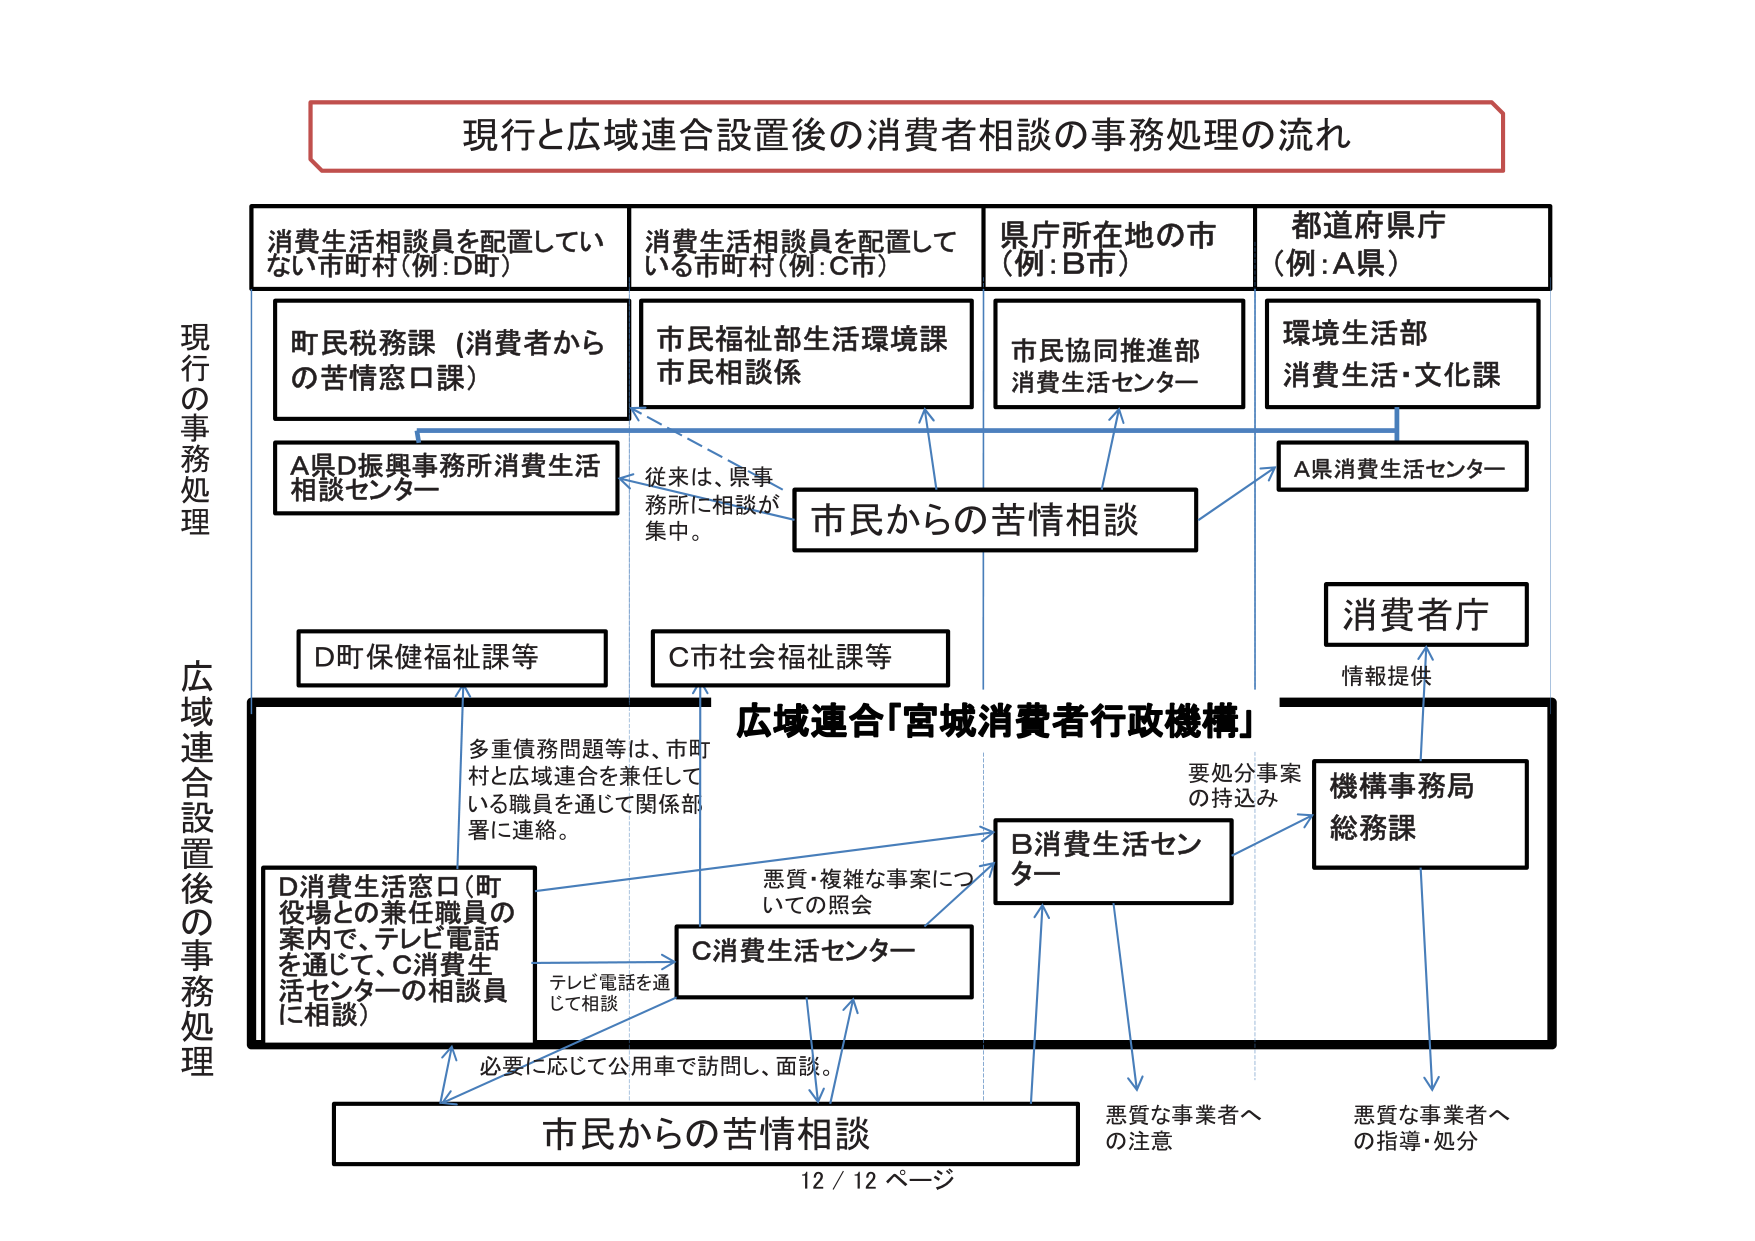
現行と広域連合設置後の消費者相談の事務処理の流れ

消費生活相談員を配置していない市町村（例：D町）
町民税務課（消費者からの苦情窓口課）
A県D振興事務所消費生活相談センター
D町保健福祉課等

消費生活相談員を配置している市町村（例：C市）
市民福祉部生活環境課
市民相談係
C市社会福祉課等

県庁所在地の市（例：B市）
市民協同推進部
消費生活センター

都道府県庁（例：A県）
環境生活部
消費生活・文化課
A県消費生活センター
消費者庁
情報提供

現行の事務処理
従来は、県事務所に相談が集中。
市民からの苦情相談

広域連合設置後の事務処理
広域連合「宮城消費者行政機構」
D消費生活窓口（町役場との兼任職員の案内で、テレビ電話を通じて、C消費生活センターの相談員に相談）
多重債務問題等は、市町村と広域連合を兼任している職員を通じて関係部署に連絡。
テレビ電話を通じて相談
必要に応じて公用車で訪問し、面談。
市民からの苦情相談
C消費生活センター
B消費生活センター
悪質・複雑な事案についての照会
要処分事案の持込み
機構事務局
総務課
悪質な事業者への注意
悪質な事業者への指導・処分

12 / 12 ページ